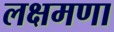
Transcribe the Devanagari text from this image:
लक्षमणा